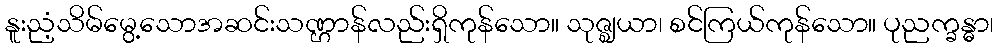
နူးညံ့သိမ်မွေ့သောအဆင်းသဏ္ဌာန်လည်းရှိကုန်သော။ သုဇ္ဈယာ၊ စင်ကြယ်ကုန်သော။ ပုညက္ခန္ဓာ၊